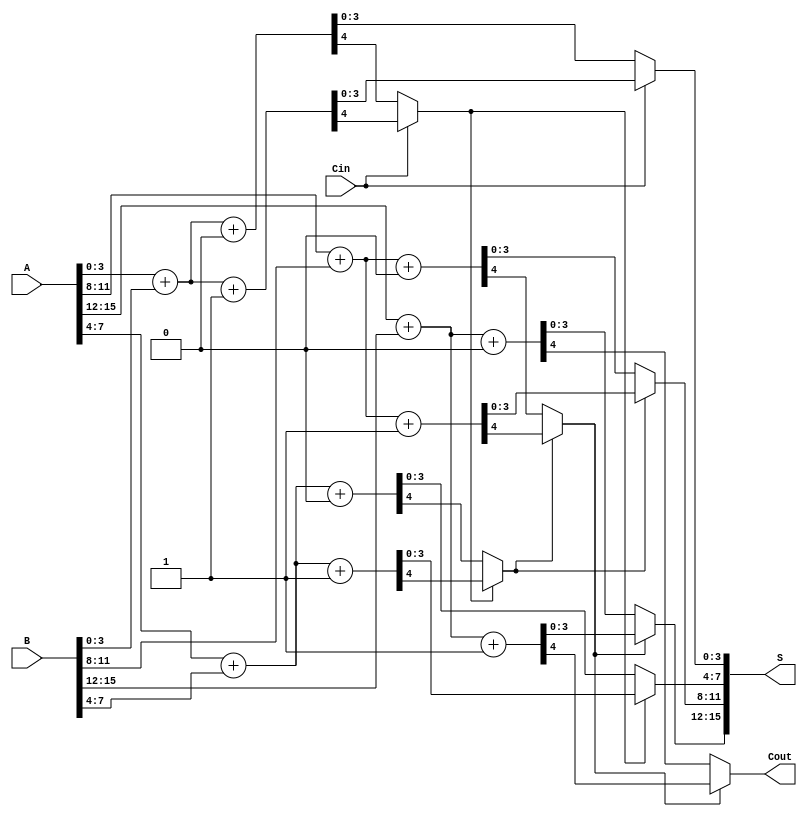
module CCSA #(parameter n = 16, parameter k = 4) (
    input  [n-1:0] A,      // First n-bit input
    input  [n-1:0] B,      // Second n-bit input
    input         Cin,      // Carry-in
    output [n-1:0] S,      // n-bit sum output
    output        Cout      // Carry-out
);
    localparam m = n / k;  // Number of segments

    wire [k-1:0] S0[m-1:0]; // Sums assuming carry-in = 0
    wire [k-1:0] S1[m-1:0]; // Sums assuming carry-in = 1
    wire [m-1:0] C[m-1:0];   // Carry-out for each segment
    wire [m-1:0] C0[m-1:0];  // Carry-out assuming carry-in = 0
    wire [m-1:0] C1[m-1:0];  // Carry-out assuming carry-in = 1
    wire [m-1:0] Sel;        // Select lines for MUX

    genvar i;
    generate
        for (i = 0; i < m; i = i + 1) begin : segment
            // Calculate the indices for the segment
            wire [k-1:0] A_seg = A[i*k +: k];
            wire [k-1:0] B_seg = B[i*k +: k];

            // Calculate S0 and S1 for the segment
            assign {C0[i], S0[i]} = A_seg + B_seg + 1'b0; // Carry-in = 0
            assign {C1[i], S1[i]} = A_seg + B_seg + 1'b1; // Carry-in = 1

            // Select carry-out for the next segment
            if (i == 0) begin
                assign Sel[i] = Cin; // First segment uses Cin directly
            end else begin
                assign Sel[i] = C[i-1]; // Subsequent segments use previous carry
            end

            // MUX to select the correct sum and carry-out
            assign S[i*k +: k] = Sel[i] ? S1[i] : S0[i];
            assign C[i] = Sel[i] ? C1[i] : C0[i];
        end
    endgenerate

    // Final carry-out
    assign Cout = C[m-1];

endmodule